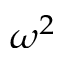
\omega ^ { 2 }